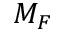
M _ { F }